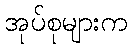
အုပ်စုများက